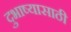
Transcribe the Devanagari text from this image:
दुभाष्यासाठी